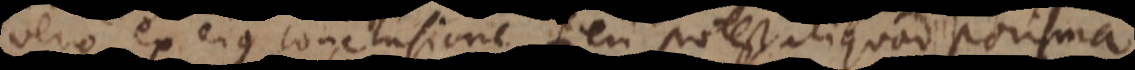
ero ex ejus conclusione fieri potest aliquod porisma